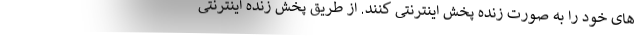
های خود را به صورت زنده پخش اینترنتی کنند. از طریق پخش زنده اینترنتی